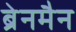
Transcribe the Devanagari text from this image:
ब्रेनमैन